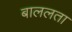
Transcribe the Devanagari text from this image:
बाललता